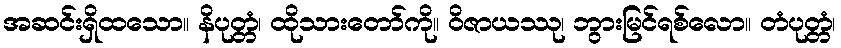
အဆင်းရှိထသော။ နိပုတ္တံ၊ ထိုသားတော်ကို။ ဝိဇာယဿု၊ ဘွားမြင်ရစ်လော။ တံပုတ္တံ၊